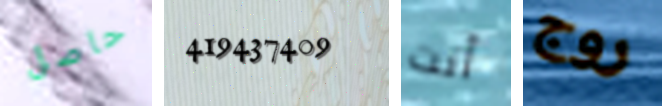
حاصل 419437409 أنت روج